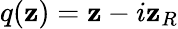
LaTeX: q(\mathbf{z})=\mathbf{z}-i\mathbf{z}_{R}